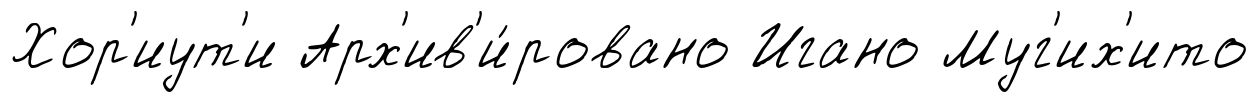
Хор'иут'и Арх'ив'и́ровано Игано Муг'их'ито